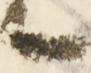
候